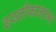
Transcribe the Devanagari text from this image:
इस्तीफानामा